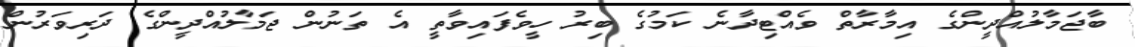
ބާޖަމާލުއްދީންގެ އިމާރާތް ވެއްޓިދާނެ ކަމުގެ ބިރު ހީވެފައިވާތީ އެ ތަނުން ޖަމާލުއްދީންގެ ދަރިވަރުން